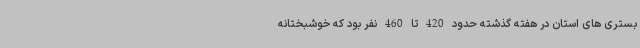
بستری های استان در هفته گذشته حدود 420 تا 460 نفر بود که خوشبختانه